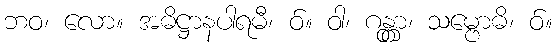
ဘဝ၊ လော။ အဓိဋ္ဌာနပါရမီ၊ ဝ်။ ဝါ၊ ဂန္တွာ၊ သမ္ဗောဓိ၊ ဝ်။